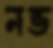
নভ